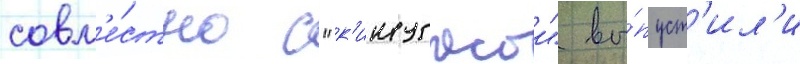
совм'е́стно с "к'инугасои" вы́пуст'ил'и